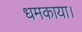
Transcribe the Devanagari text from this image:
धमकाया।